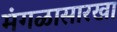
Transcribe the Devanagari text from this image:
मंगळासारखा